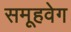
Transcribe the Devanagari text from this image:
समूहवेग